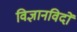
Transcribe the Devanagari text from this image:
विज्ञानविदों